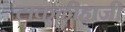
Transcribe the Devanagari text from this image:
टाकळीहाजी